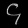
Digit: ၄